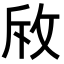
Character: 𭣨